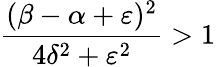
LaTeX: \frac{(\beta-\alpha+\varepsilon)^{2}}{4\delta^{2}+\varepsilon^{2}}>1